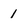
Character: 1